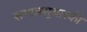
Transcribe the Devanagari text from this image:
समाजसुधारकी